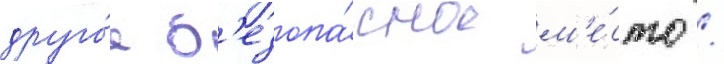
друго́е б'езопа́сное м'е́сто /